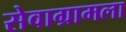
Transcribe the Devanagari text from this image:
सेवाग्रामला